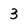
Character: 3